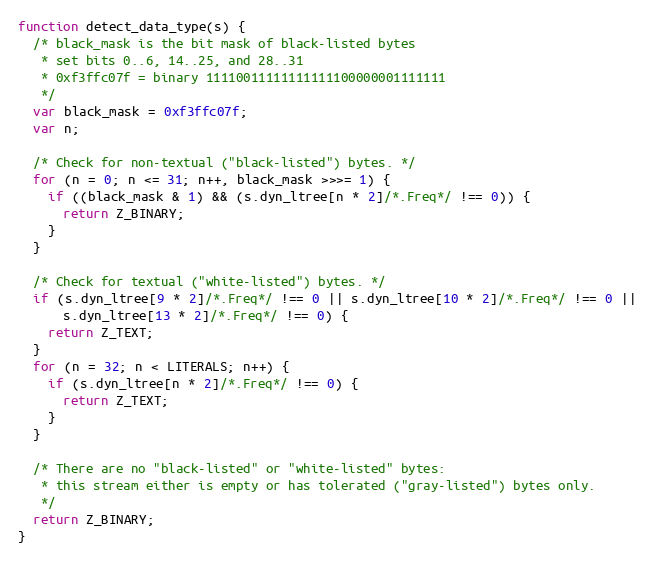
Language: JavaScript
function detect_data_type(s) {
  /* black_mask is the bit mask of black-listed bytes
   * set bits 0..6, 14..25, and 28..31
   * 0xf3ffc07f = binary 11110011111111111100000001111111
   */
  var black_mask = 0xf3ffc07f;
  var n;

  /* Check for non-textual ("black-listed") bytes. */
  for (n = 0; n <= 31; n++, black_mask >>>= 1) {
    if ((black_mask & 1) && (s.dyn_ltree[n * 2]/*.Freq*/ !== 0)) {
      return Z_BINARY;
    }
  }

  /* Check for textual ("white-listed") bytes. */
  if (s.dyn_ltree[9 * 2]/*.Freq*/ !== 0 || s.dyn_ltree[10 * 2]/*.Freq*/ !== 0 ||
      s.dyn_ltree[13 * 2]/*.Freq*/ !== 0) {
    return Z_TEXT;
  }
  for (n = 32; n < LITERALS; n++) {
    if (s.dyn_ltree[n * 2]/*.Freq*/ !== 0) {
      return Z_TEXT;
    }
  }

  /* There are no "black-listed" or "white-listed" bytes:
   * this stream either is empty or has tolerated ("gray-listed") bytes only.
   */
  return Z_BINARY;
}